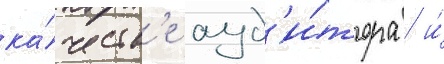
ка́честв'е ауд'и́тора / и́